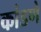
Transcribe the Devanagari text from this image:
कांडणे